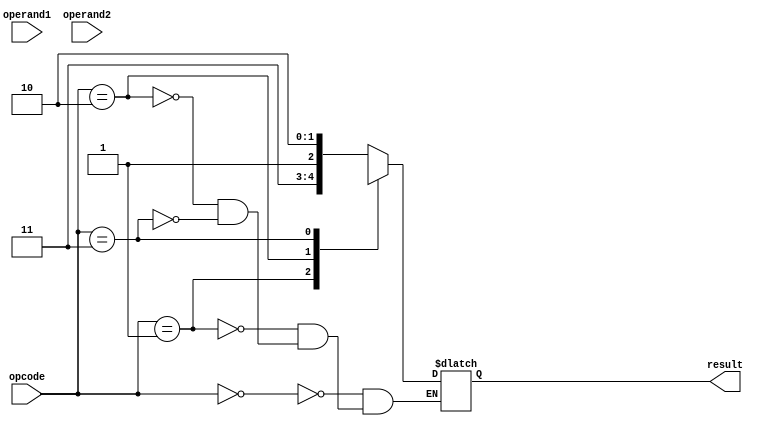
module floating_point_ALU (
    input wire [31:0] operand1,
    input wire [31:0] operand2,
    input wire [2:0] opcode,
    output reg [31:0] result
);

// Define IEEE 754 standard format for floating point numbers
parameter EXPONENT_WIDTH = 8;
parameter MANTISSA_WIDTH = 23;

// Separate sign, exponent, and mantissa fields
wire sign1 = operand1[31];
wire sign2 = operand2[31];
wire [EXPONENT_WIDTH-1:0] exponent1 = operand1[30:23];
wire [EXPONENT_WIDTH-1:0] exponent2 = operand2[30:23];
wire [MANTISSA_WIDTH-1:0] mantissa1 = operand1[22:0];
wire [MANTISSA_WIDTH-1:0] mantissa2 = operand2[22:0];

// Initialize result
reg [31:0] result = 32'b0;

always @(*) begin
    case(opcode)
        3'b000: // Addition
            result = perform_addition(operand1, operand2);
        3'b001: // Subtraction
            result = perform_subtraction(operand1, operand2);
        3'b010: // Multiplication
            result = perform_multiplication(operand1, operand2);
        3'b011: // Division
            result = perform_division(operand1, operand2);
    endcase
end

// Function to perform addition operation
function [31:0] perform_addition;
    // Implementation of addition operation here
endfunction

// Function to perform subtraction operation
function [31:0] perform_subtraction;
    // Implementation of subtraction operation here
endfunction

// Function to perform multiplication operation
function [31:0] perform_multiplication;
    // Implementation of multiplication operation here
endfunction

// Function to perform division operation
function [31:0] perform_division;
    // Implementation of division operation here
endfunction

endmodule